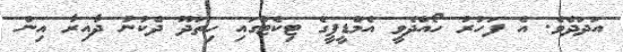
އަދަދެވެ. އެ ފަހުރު ހޯއްދެވީ އެމްޑީޕީގެ ޓިކެޓުގައި ހިތަދޫ ދެކުނު ދާއިރާ އިން